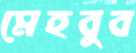
মেহবুব